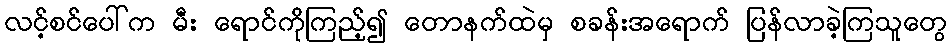
လင့်စင်ပေါ်က မီး ရောင်ကိုကြည့်၍ တောနက်ထဲမှ စခန်းအရောက် ပြန်လာခဲ့ကြသူတွေ